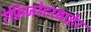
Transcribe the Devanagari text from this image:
रेफ्रिजरेटरबाहेर